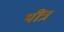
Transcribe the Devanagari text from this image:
थींत्र